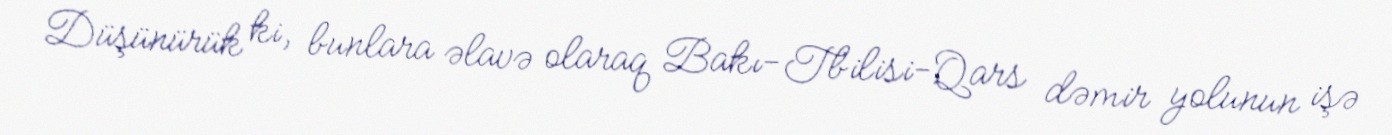
Düşünürük ki, bunlara əlavə olaraq Bakı-Tbilisi-Qars dəmir yolunun işə